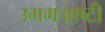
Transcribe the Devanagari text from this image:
उगमआष्टी